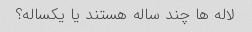
لاله ها چند ساله هستند یا یکساله؟